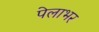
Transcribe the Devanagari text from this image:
पेलाभर